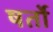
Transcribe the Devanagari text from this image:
षर्तो